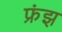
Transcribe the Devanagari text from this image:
फ्रंझ